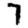
Digit: 7